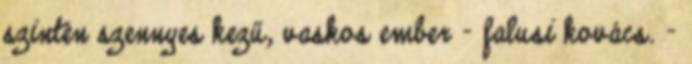
szintén szennyes kezű, vaskos ember - falusi kovács. -